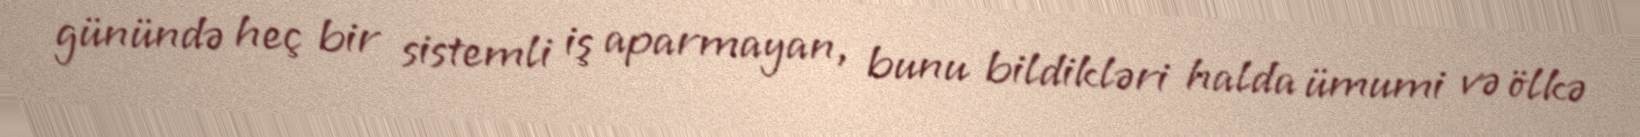
günündə heç bir sistemli iş aparmayan, bunu bildikləri halda ümumi və ölkə